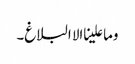
وما علینا الا البلاغ۔